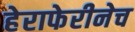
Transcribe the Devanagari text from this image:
हेराफेरीनेच